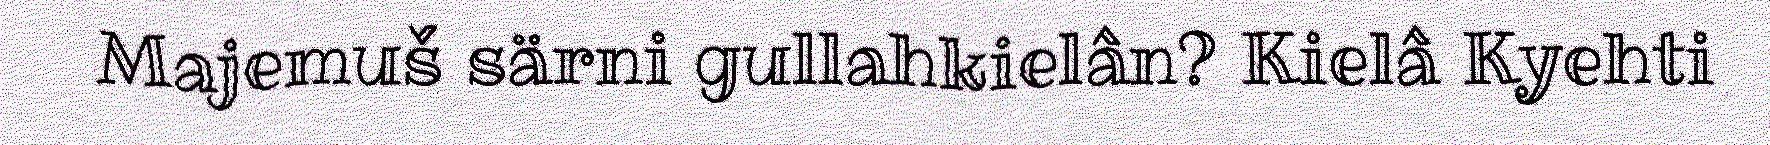
Majemuš särni gullahkielân? Kielâ Kyehti